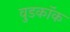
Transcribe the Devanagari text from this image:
वुडकॉक